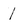
Character: 1